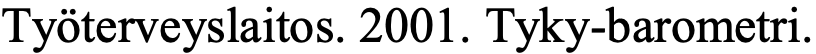
Työterveyslaitos. 2001. Tyky-barometri.